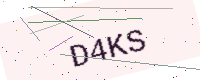
Text: D4KS